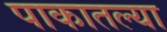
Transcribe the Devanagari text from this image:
पाकातल्या